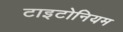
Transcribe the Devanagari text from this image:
टाइटोनियम